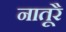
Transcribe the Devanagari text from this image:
नातूरै